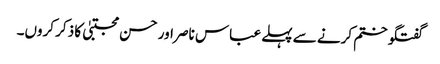
گفتگو ختم کرنے سے پہلے عباس ناصر اور حسن مجتبیٰ کا ذکر کروں۔